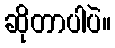
ဆိုတာပါပဲ။